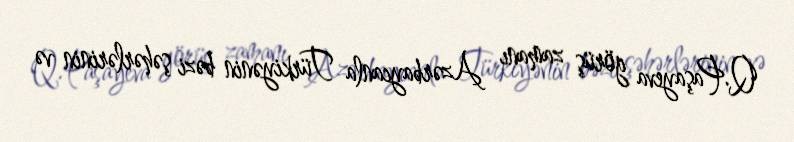
Q.Paşayeva görüş zamanı Azərbaycanla Türkiyənin bəzi şəhərlərinin və